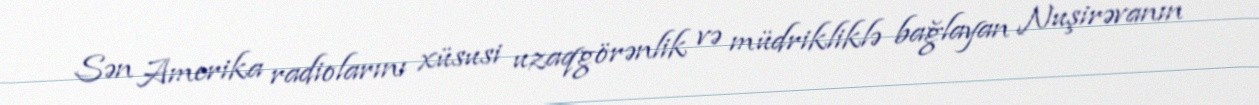
Sən Amerika radiolarını xüsusi uzaqgörənlik və müdrikliklə bağlayan Nuşirəvanın